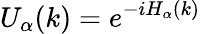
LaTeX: U_{\alpha}(k)=e^{-iH_{\alpha}(k)}